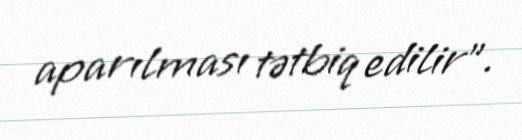
aparılması tətbiq edilir”.